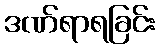
ဒဏ်ရာရခြင်း